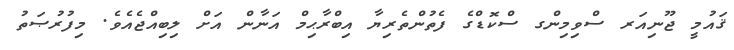
ޤައުމީ ޖޫނިއަރ ސްވިމިންގ ސްކޮޑްގެ ފެތުންތެރިޔާ އިބްރާޙިމް އަނާން އަށް ލިބިއްޖެއެވެ. މިފުރުޞަތު